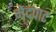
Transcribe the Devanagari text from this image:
मेदपाट